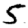
Digit: 5